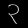
Digit: ၃